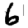
Digit: 6